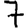
Digit: 7